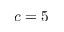
c = 5